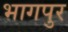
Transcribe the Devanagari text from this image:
भागपुर